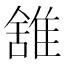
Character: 䧾